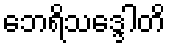
ဘေရိသဒ္ဒေါတိ